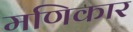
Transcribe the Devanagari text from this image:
मणिकार